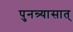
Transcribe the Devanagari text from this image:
पुनन्र्यासात्